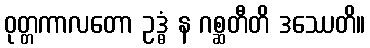
ဝုတ္တကာလတော ဥဒ္ဓံ န ဂစ္ဆတီတိ ဒဿေတိ။